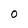
Character: 0